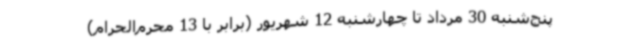
پنج‌شنبه 30 مرداد تا چهارشنبه 12 شهریور (برابر با 13 محرم‌الحرام)